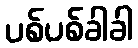
ပစ်ပစ်ခါခါ